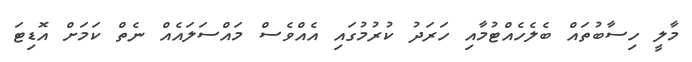
މާލީ ހިސާބުތައް ބެލެހެއްޓުމާއި ހަރަދު ކުރުމުގައި އެއްވެސް މައްސަލައެއް ނެތް ކަމަށް އޮޑިޓަ